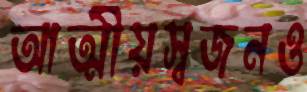
আত্মীয়স্বজনও